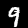
Label: 9